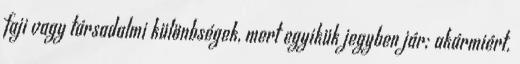
faji vagy társadalmi különbségek, mert egyikük jegyben jár; akármiért.